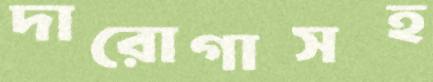
দারোগাসহ